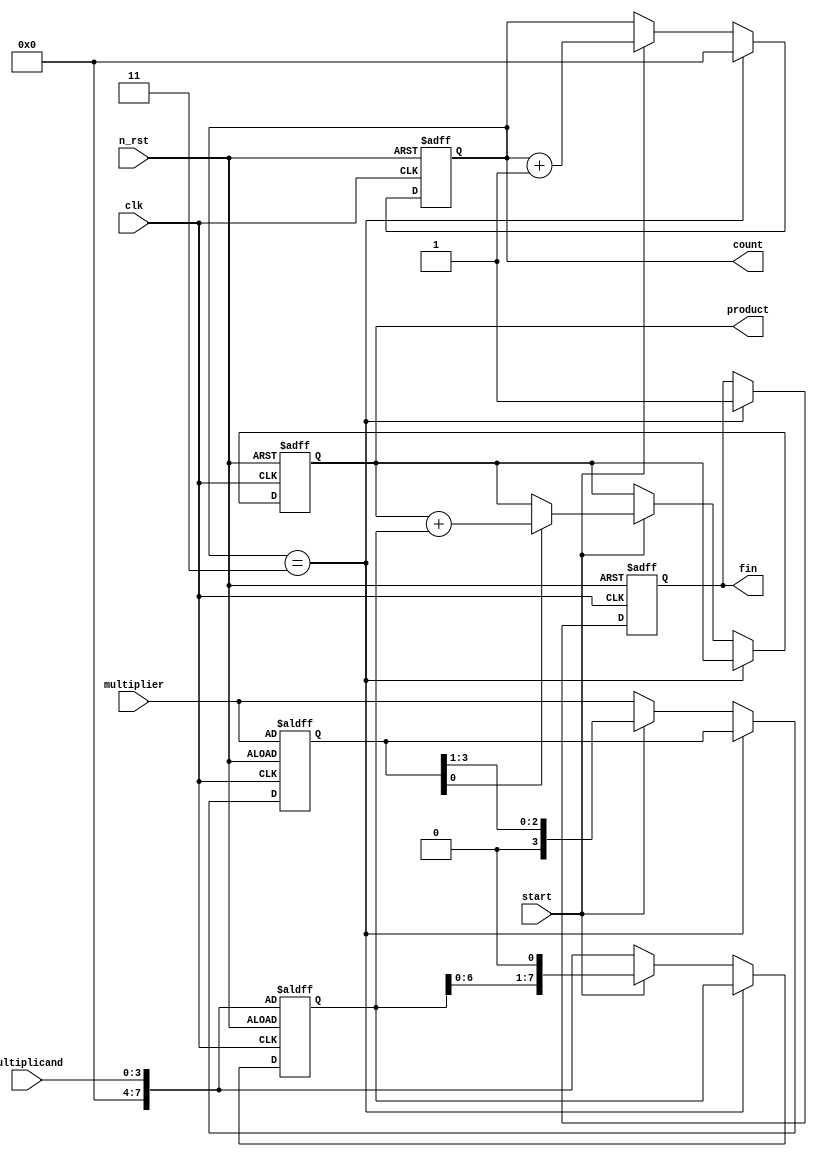
module multi (
    input clk,
    input n_rst,
    input [3:0] multiplier,
    input [3:0] multiplicand,
    input start,
    output [3:0] count,
    output reg fin,
    output reg [7:0] product
);

reg [3:0] plier;
reg [7:0] plicand;
//reg [7:0] product;
reg [3:0] cnt;

assign count = cnt;

always @(posedge clk or negedge n_rst) begin
    if (!n_rst) begin
    product <= 8'h0;
    plier <= multiplier;
    plicand <= multiplicand;
    fin <= 1'b0;
    cnt <= 4'b0;
    end

    
    else if (cnt == 4'h3) begin
        fin <= 1'b1;
        cnt <= 4'h0;
    end
    else if (start == 1'b1) begin
        product <= (plier[0] == 1'b1)? (product + plicand) : product;
        plicand <= plicand << 1;
        plier <= plier >> 1;
        cnt <= cnt + 4'b1;
    end
    else begin
        product <= product;
        plicand <= multiplicand;
        plier <= multiplier;
    end
end

endmodule

/*
always @(posedge clk or negedge n_rst) begin
    if (!n_rst)
    product <= 8'h0;
    else if((start == 1'b1) && (multiplier[0] == 1'b1))begin
        product <= product + plicand;
    end
    else
        product <= product;
end

always @(posedge clk or negedge n_rst)begin
    if (!n_rst)
    plier <= multiplier;
    else if(start == 1'b1)begin
        plier <= multiplier >> 1;
    end
    else
        plier <= multiplier;
end

always @(posedge clk or negedge n_rst)begin
    if (!n_rst)
    plicand <= multiplicand;
    else if(start == 1'b1)begin
        plicand <= multiplicand << 1;
    end
    else
        plicand <= multiplicand;
end
*/